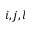
i , j , l